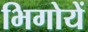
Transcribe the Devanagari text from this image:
भिगोयें